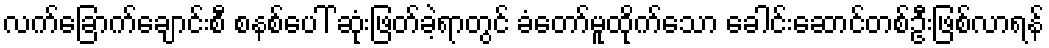
လက်ခြောက်ချောင်းစီ စနစ်ပေါ် ဆုံးဖြတ်ခဲ့ရာတွင် ခံတော်မူထိုက်သော ခေါင်းဆောင်တစ်ဦးဖြစ်လာရန်